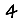
Digit: 4